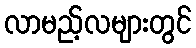
လာမည့်လများတွင်